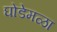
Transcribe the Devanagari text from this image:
घोडेमळा